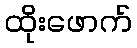
ထိုးဖောက်